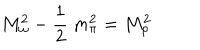
M _ { \omega } ^ { 2 } - \frac { 1 } { 2 } ~ m _ { \pi } ^ { 2 } = M _ { \rho } ^ { 2 }